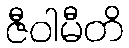
ဇီဝါမီတိ